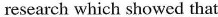
research which showed that